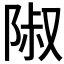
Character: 𨺏